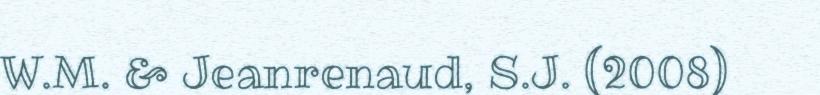
W.M. & Jeanrenaud, S.J. (2008)